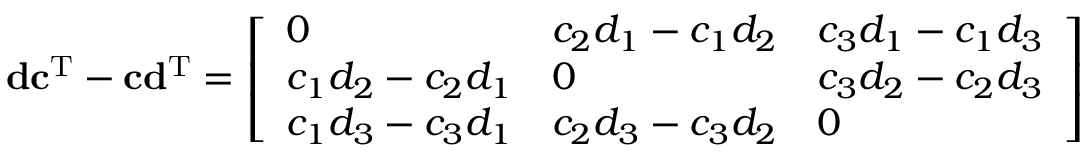
\mathbf { d } \mathbf { c } ^ { \mathrm { T } } - \mathbf { c } \mathbf { d } ^ { \mathrm { T } } = { \left[ \begin{array} { l l l } { 0 } & { c _ { 2 } d _ { 1 } - c _ { 1 } d _ { 2 } } & { c _ { 3 } d _ { 1 } - c _ { 1 } d _ { 3 } } \\ { c _ { 1 } d _ { 2 } - c _ { 2 } d _ { 1 } } & { 0 } & { c _ { 3 } d _ { 2 } - c _ { 2 } d _ { 3 } } \\ { c _ { 1 } d _ { 3 } - c _ { 3 } d _ { 1 } } & { c _ { 2 } d _ { 3 } - c _ { 3 } d _ { 2 } } & { 0 } \end{array} \right] }